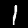
Digit: 1